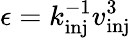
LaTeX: \epsilon=k_{\textrm{inj}}^{-1}v_{\textrm{inj}}^{3}